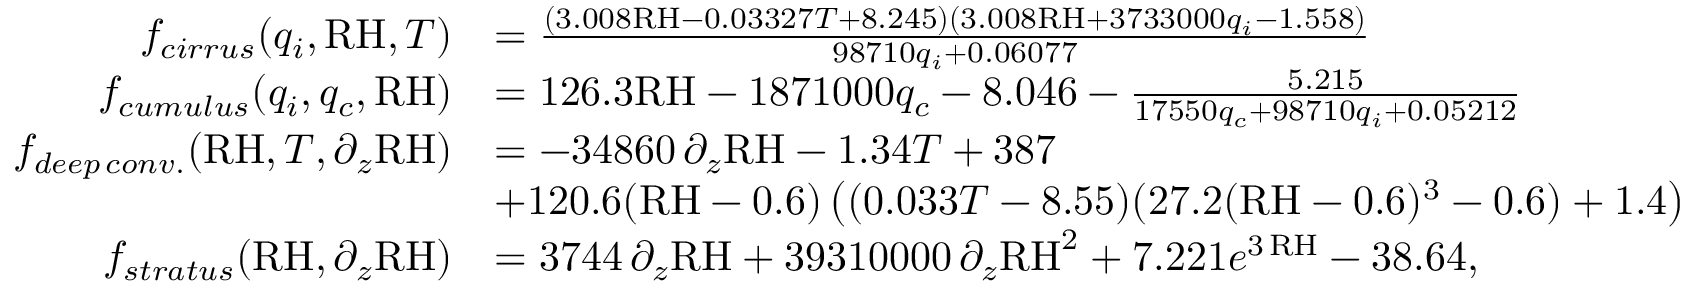
\begin{array} { r l } { f _ { c i r r u s } ( q _ { i } , \mathrm { R H } , T ) } & { = \frac { ( 3 . 0 0 8 \mathrm { R H } - 0 . 0 3 3 2 7 T + 8 . 2 4 5 ) ( 3 . 0 0 8 \mathrm { R H } + 3 7 3 3 0 0 0 q _ { i } - 1 . 5 5 8 ) } { 9 8 7 1 0 q _ { i } + 0 . 0 6 0 7 7 } } \\ { f _ { c u m u l u s } ( q _ { i } , q _ { c } , \mathrm { R H } ) } & { = 1 2 6 . 3 \mathrm { R H } - 1 8 7 1 0 0 0 q _ { c } - 8 . 0 4 6 - \frac { 5 . 2 1 5 } { 1 7 5 5 0 q _ { c } + 9 8 7 1 0 q _ { i } + 0 . 0 5 2 1 2 } } \\ { f _ { d e e p \, c o n v . } ( \mathrm { R H } , T , \partial _ { z } \mathrm { R H } ) } & { = - 3 4 8 6 0 \, \partial _ { z } \mathrm { R H } - 1 . 3 4 T + 3 8 7 } \\ & { + 1 2 0 . 6 ( \mathrm { R H } - 0 . 6 ) \left( ( 0 . 0 3 3 T - 8 . 5 5 ) ( 2 7 . 2 ( \mathrm { R H } - 0 . 6 ) ^ { 3 } - 0 . 6 ) + 1 . 4 \right) } \\ { f _ { s t r a t u s } ( \mathrm { R H } , \partial _ { z } \mathrm { R H } ) } & { = 3 7 4 4 \, \partial _ { z } \mathrm { R H } + 3 9 3 1 0 0 0 0 \, \partial _ { z } \mathrm { R H } ^ { 2 } + 7 . 2 2 1 e ^ { 3 \, \mathrm { R H } } - 3 8 . 6 4 , } \end{array}